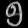
Digit: ၅